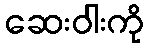
ဆေးဝါးကို